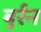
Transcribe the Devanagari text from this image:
बुर्रन